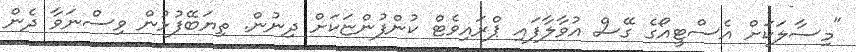
"މިސާލަކަށް އެސްޓީއޯގެ ގޭސް އުވާލާފައި ޕްރައިވެޓް ކުންފުންޏަކަށް ދިނުން. ތިޔަބޭފުޅުން ވިސްނަވާ ދެން